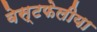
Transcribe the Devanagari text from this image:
वेस्टफेलीया